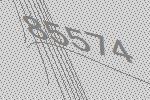
85574